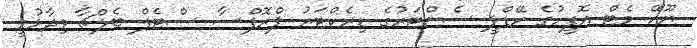
ޔޫކޭ މެޓް އޮފީހުގެ ހޭޑްލީ ސެންޓަރުގެ ޑިރެކްޓަރު ޕްރޮފްސާ ސްޓެފް ބެލްޗާ ވިދާޅުވީ